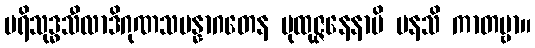
ပရိသုဒ္ဓသီလာဒိဂုဏသမန္နာဂတေန ပုထုဇ္ဇနေနာပိ မနသိ ကာတဗ္ဗာ။